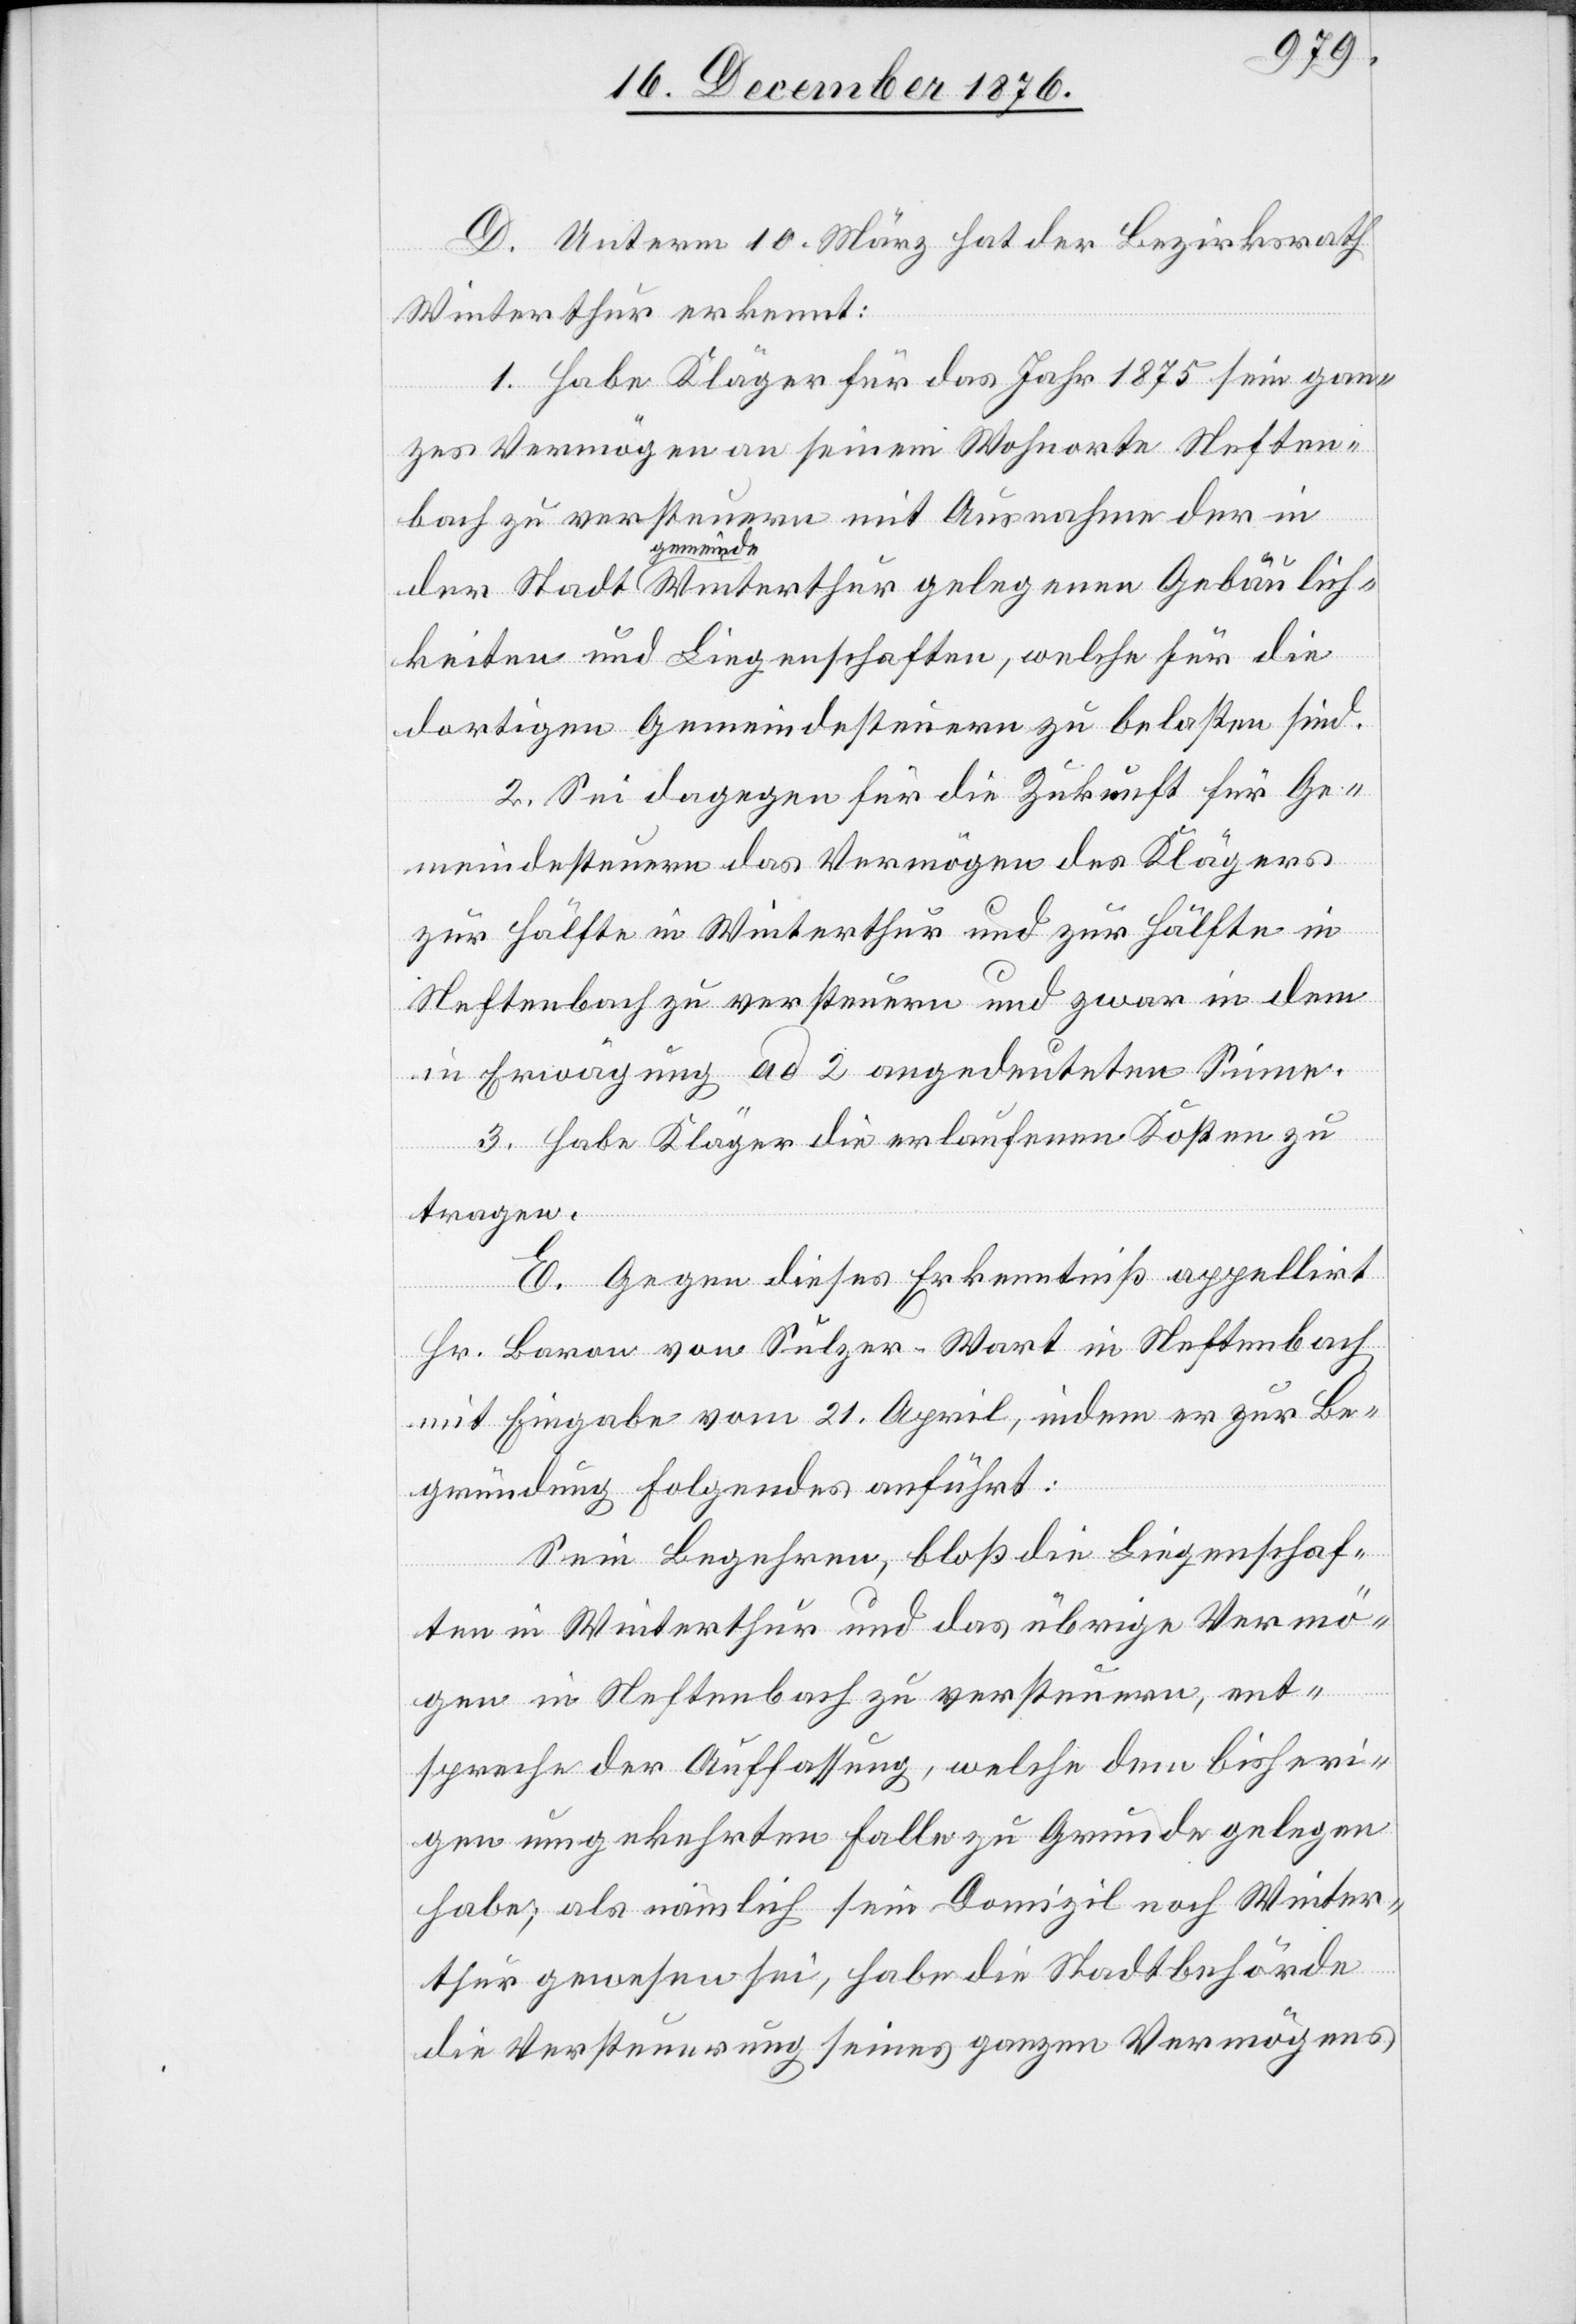
D. Unterm 10. März hat der Bezirksrath
G¬
Winterthur erkennt:
1. Habe Kläger für das Jahr 1875 sein gan¬
zes Vermögen an seinem Wohnorte Neften¬
bach zu versteuern mit Ausnahme der in
gemeinde
keiten und Liegenschaften, welche für die
dortigen Gemeindesteuern zu belasten sind.
2. Sei dagegen für die Zukunft für Ge¬
meindesteuern das Vermögen des Klägers
zur Hälfte in Winterthur und zur Hälfte in
Neftenbach zu versteuern und zwar in dem
in Erwägung ad 2 angedeuteten Sinne.
3. Habe Kläger die erlaufenen Kosten zu
tragen.
E. Gegen dieses Erkenntniß appellirt
Hr. Baron von Sulzer-Wart in Neftenbach
mit Eingabe vom 21. April, indem er zur Be¬
gründung Folgendes anführt:
Sein Begehren, bloß die Liegenschaf¬
ten in Winterthur und das übrige Vermö¬
ebäulich¬
gen in Neftenbach zu versteuern, ent¬
spreche der Auffassung, welche dem bisheri¬
gen umgekehrten Falle zu Grunde gelegen
habe; als nämlich sein Domizil noch Winter¬
thur gewesen sei, habe die Stadtbehörde
die Versteuerung seines ganzen Vermögens